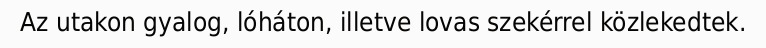
Az utakon gyalog, lóháton, illetve lovas szekérrel közlekedtek.